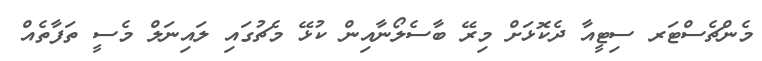
މެންޗެސްޓަރ ސިޓީއާ ދެކޮޅަށް މިރޭ ބާސެލޯނާއިން ކުޅޭ މެޗުގައި ލައިނަލް މެސީ ތަފާތެއް